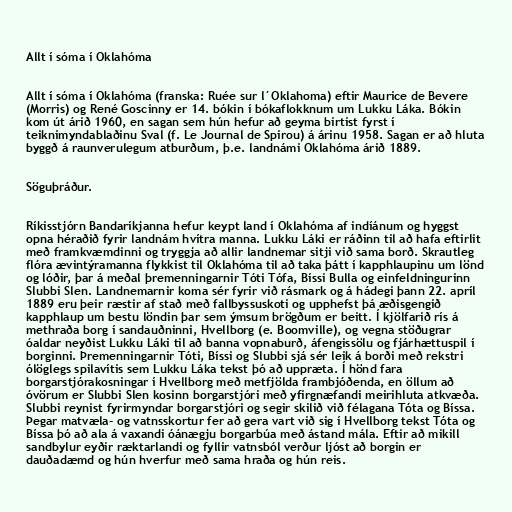
Allt í sóma í Oklahóma

Allt í sóma í Oklahóma (franska: Ruée sur l´Oklahoma) eftir Maurice de Bevere
(Morris) og René Goscinny er 14. bókin í bókaflokknum um Lukku Láka. Bókin
kom út árið 1960, en sagan sem hún hefur að geyma birtist fyrst í
teiknimyndablaðinu Sval (f. Le Journal de Spirou) á árinu 1958. Sagan er að hluta
byggð á raunverulegum atburðum, þ.e. landnámi Oklahóma árið 1889.

Söguþráður.

Ríkisstjórn Bandaríkjanna hefur keypt land í Oklahóma af indíánum og hyggst
opna héraðið fyrir landnám hvítra manna. Lukku Láki er ráðinn til að hafa eftirlit
með framkvæmdinni og tryggja að allir landnemar sitji við sama borð. Skrautleg
flóra ævintýramanna flykkist til Oklahóma til að taka þátt í kapphlaupinu um lönd
og lóðir, þar á meðal þremenningarnir Tóti Tófa, Bíssi Bulla og einfeldningurinn
Slubbi Slen. Landnemarnir koma sér fyrir við rásmark og á hádegi þann 22. apríl
1889 eru þeir ræstir af stað með fallbyssuskoti og upphefst þá æðisgengið
kapphlaup um bestu löndin þar sem ýmsum brögðum er beitt. Í kjölfarið rís á
methraða borg í sandauðninni, Hvellborg (e. Boomville), og vegna stöðugrar
óaldar neyðist Lukku Láki til að banna vopnaburð, áfengissölu og fjárhættuspil í
borginni. Þremenningarnir Tóti, Bíssi og Slubbi sjá sér leik á borði með rekstri
ólöglegs spilavítis sem Lukku Láka tekst þó að uppræta. Í hönd fara
borgarstjórakosningar í Hvellborg með metfjölda frambjóðenda, en öllum að
óvörum er Slubbi Slen kosinn borgarstjóri með yfirgnæfandi meirihluta atkvæða.
Slubbi reynist fyrirmyndar borgarstjóri og segir skilið við félagana Tóta og Bíssa.
Þegar matvæla- og vatnsskortur fer að gera vart við sig í Hvellborg tekst Tóta og
Bíssa þó að ala á vaxandi óánægju borgarbúa með ástand mála. Eftir að mikill
sandbylur eyðir ræktarlandi og fyllir vatnsból verður ljóst að borgin er
dauðadæmd og hún hverfur með sama hraða og hún reis.